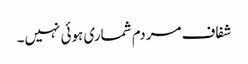
شفاف مردم شماری ہوئی نہیں۔